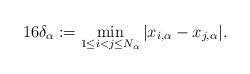
LaTeX: \begin{align*}16\delta_\alpha:=\min_{1\leq i<j\leq N_\alpha}\vert x_{i,\alpha}- x_{j,\alpha}\vert.\end{align*}